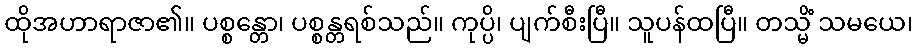
ထိုအဟာရာဇာ၏။ ပစ္စန္တော၊ ပစ္စန္တရစ်သည်။ ကုပ္ပိ၊ ပျက်စီးပြီ။ သူပန်ထပြီ။ တသ္မိံ သမယေ၊